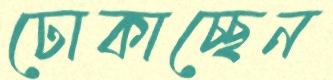
ঢোকাচ্ছেন